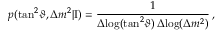
p ( \tan ^ { 2 } \! \vartheta , \Delta { m } ^ { 2 } | \mathrm { I } ) = \frac { 1 } { \Delta \! \log ( \tan ^ { 2 } \! \vartheta ) \, \Delta \! \log ( \Delta { m } ^ { 2 } ) } \, ,